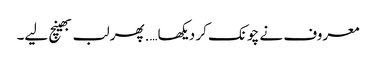
معروف نے چونک کر دیکھا….پھر لب بھینچ لیے۔